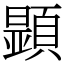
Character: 𩔰